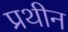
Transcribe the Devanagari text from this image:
प्रथीन